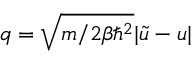
q = \sqrt { m / 2 \beta \hbar ^ { 2 } } | \Tilde { u } - u |